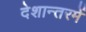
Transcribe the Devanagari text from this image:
देशान्तरमें